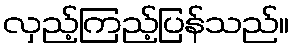
လှည့်ကြည့်ပြန်သည်။